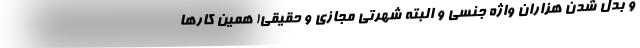
و بدل شدن هزاران واژه جنسی و البته شهرتی مجازی و حقیقی! همین کارها